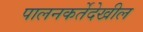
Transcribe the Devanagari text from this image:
पालनकर्तेदेखील